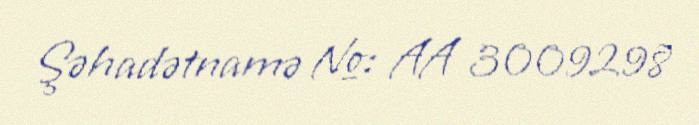
Şəhadətnamə №: AA 3009298